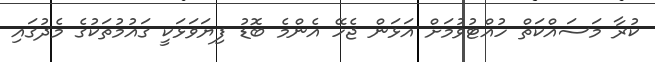
ކުރާ މަސައްކަތް ހުއްޓުވުމަށް އަޅަން ޖެހޭ އެންމެ ބޮޑު ފިޔަވަޅަކީ ގައުމުތަކުގެ މެދުގައި